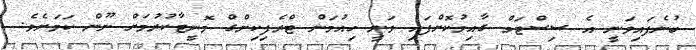
ބުނެފައިވަނީ އެ ސިސްޓަމް ގާއިމުކޮށްފައި ވަނީ ހިއުމަން ޓްރެފިކިންގް މޮނީޓާކުރުމަށް ނޫން ކަމަށެވެ.